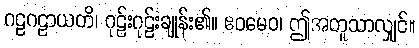
ဂဠဂဠာယတိ၊ ဂုဠ်းဂုဠ်းချုန်း၏။ ဧဝမေဝ၊ ဤအတူသာလျှင်။